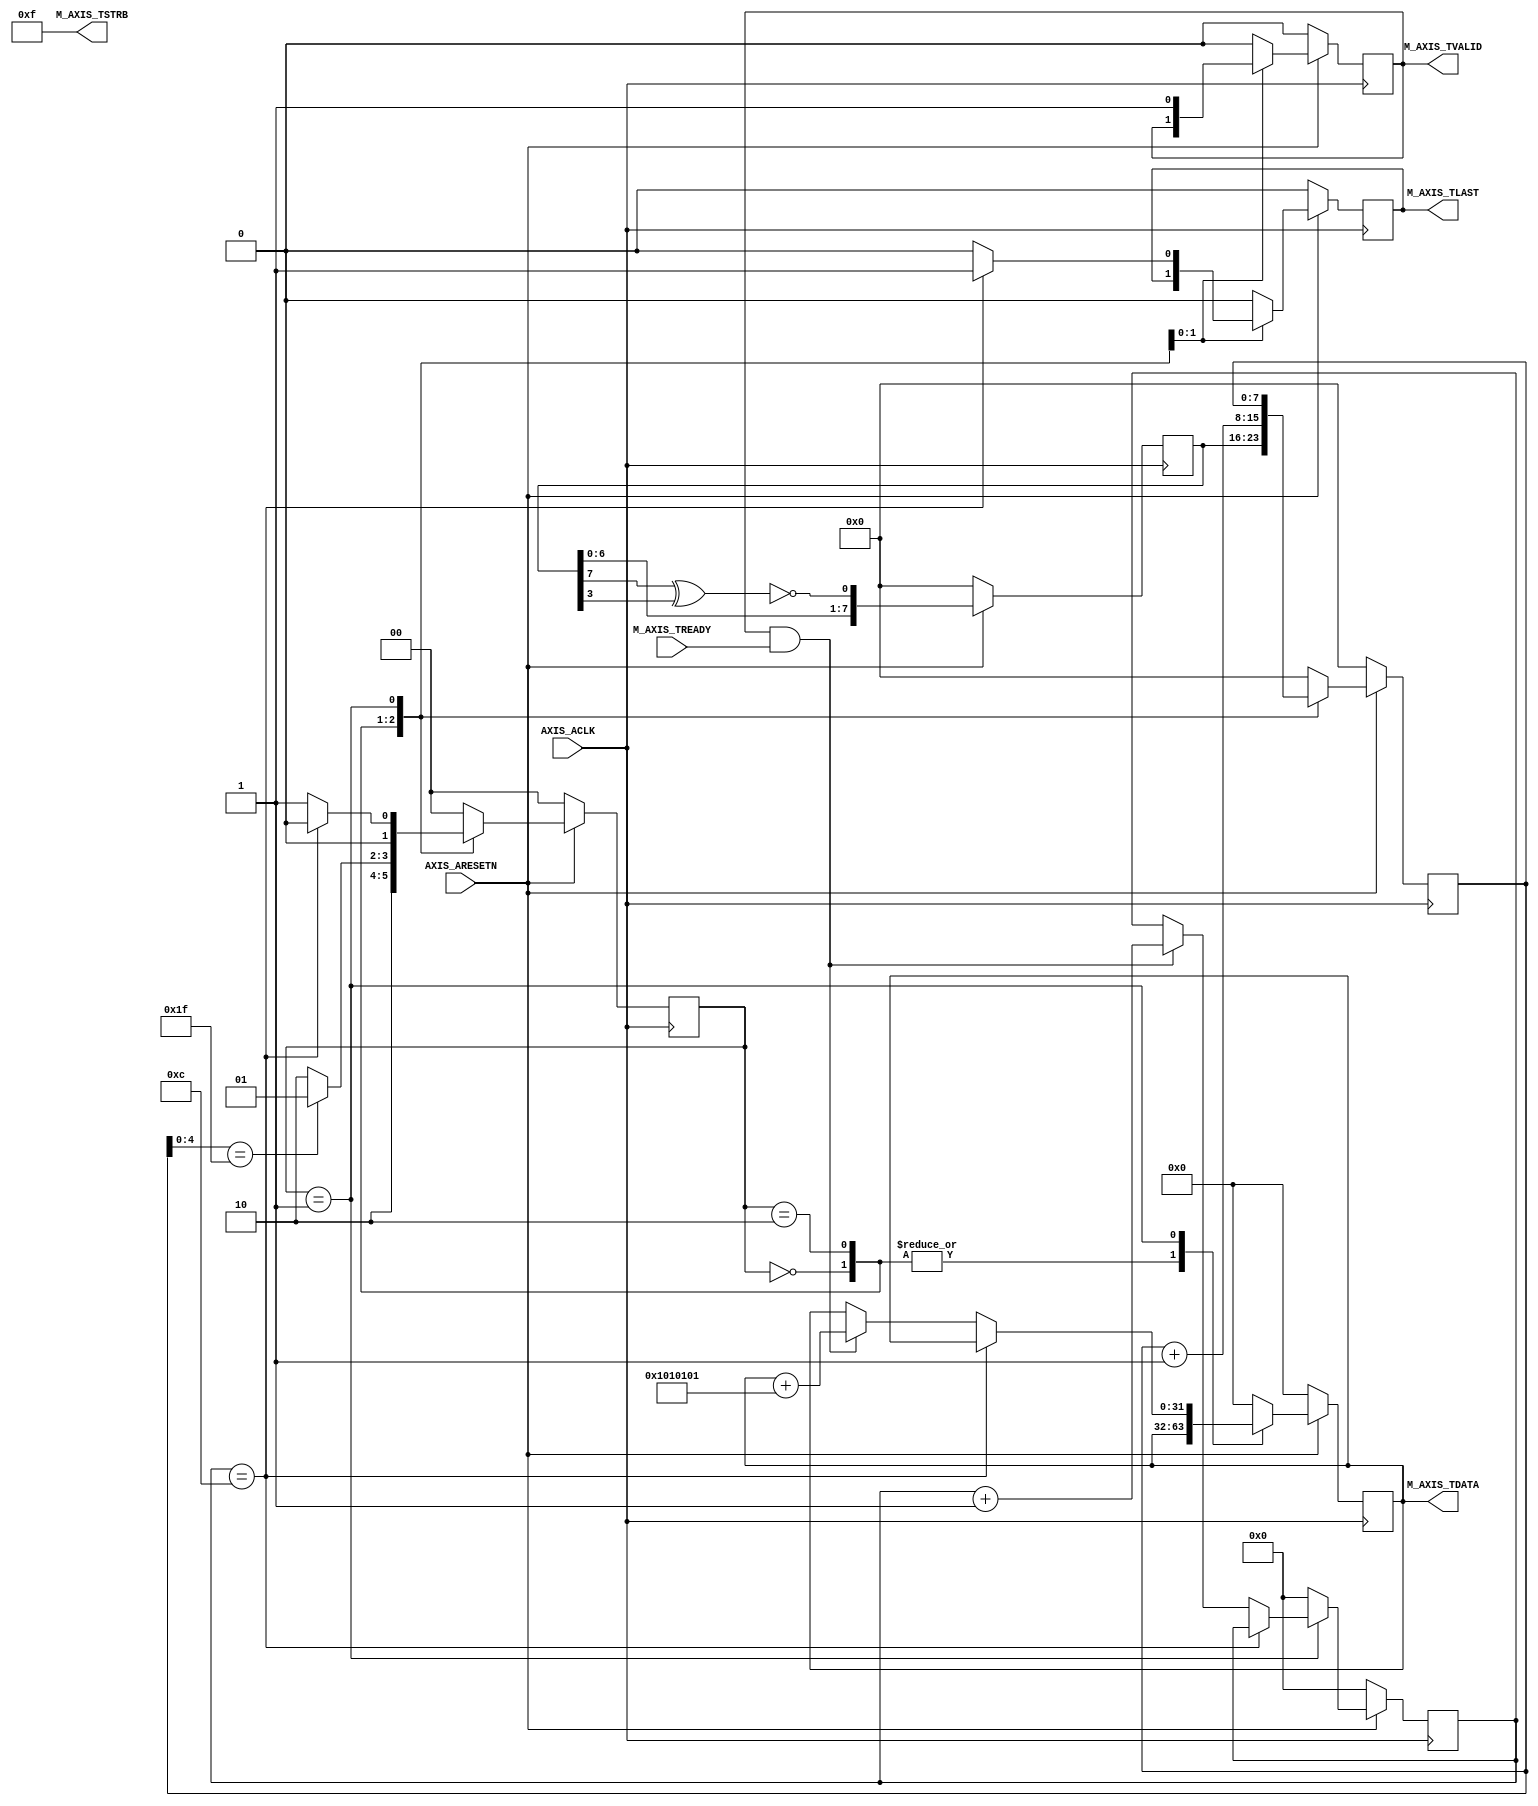
////////////////////////////////////////////////////////////////////////////
//-- (c) Copyright 2012 - 2013 Xilinx, Inc. All rights reserved.
//--
//-- This file contains confidential and proprietary information
//-- of Xilinx, Inc. and is protected under U.S. and
//-- international copyright and other intellectual property
//-- laws.
//--
//-- DISCLAIMER
//-- This disclaimer is not a license and does not grant any
//-- rights to the materials distributed herewith. Except as
//-- otherwise provided in a valid license issued to you by
//-- Xilinx, and to the maximum extent permitted by applicable
//-- law: (1) THESE MATERIALS ARE MADE AVAILABLE "AS IS" AND
//-- WITH ALL FAULTS, AND XILINX HEREBY DISCLAIMS ALL WARRANTIES
//-- AND CONDITIONS, EXPRESS, IMPLIED, OR STATUTORY, INCLUDING
//-- BUT NOT LIMITED TO WARRANTIES OF MERCHANTABILITY, NON-
//-- INFRINGEMENT, OR FITNESS FOR ANY PARTICULAR PURPOSE; and
//-- (2) Xilinx shall not be liable (whether in contract or tort,
//-- including negligence, or under any other theory of
//-- liability) for any loss or damage of any kind or nature
//-- related to, arising under or in connection with these
//-- materials, including for any direct, or any indirect,
//-- special, incidental, or consequential loss or damage
//-- (including loss of data, profits, goodwill, or any type of
//-- loss or damage suffered as a result of any action brought
//-- by a third party) even if such damage or loss was
//-- reasonably foreseeable or Xilinx had been advised of the
//-- possibility of the same.
//--
//-- CRITICAL APPLICATIONS
//-- Xilinx products are not designed or intended to be fail-
//-- safe, or for use in any application requiring fail-safe
//-- performance, such as life-support or safety devices or
//-- systems, Class III medical devices, nuclear facilities,
//-- applications related to the deployment of airbags, or any
//-- other applications that could lead to death, personal
//-- injury, or severe property or environmental damage
//-- (individually and collectively, "Critical
//-- Applications"). Customer assumes the sole risk and
//-- liability of any use of Xilinx products in Critical
//-- Applications, subject only to applicable laws and
//-- regulations governing limitations on product liability.
//--
//-- THIS COPYRIGHT NOTICE AND DISCLAIMER MUST BE RETAINED AS
//-- PART OF THIS FILE AT ALL TIMES.
////////////////////////////////////////////////////////////////////////////
//
// AXI4-Stream interface example
//
// The purpose of this design is to provide a simple AXI4-Stream interface.
//
// The AXI4-Stream protocol is used as a standard interface to connect components that wish to
// exchange data. The interface can be used to connect a single master, that generates data, to a
// single slave, that receives data.
//
////////////////////////////////////////////////////////////////////////////////
`timescale 1ps/1ps

module axi_stream_master #(
  // Width of S_AXIS address bus. The slave accepts the read and write addresses
  // of width C_M_AXIS_TDATA_NUM_BYTES.
  parameter integer C_M_AXIS_TDATA_NUM_BYTES = 4,
  parameter integer C_PACKET_LENGTH          = 12
) (
  // Global ports
  input wire AXIS_ACLK,
  input wire AXIS_ARESETN,
  // Master Stream Ports
  // TVALID indicates that the master is driving a valid transfer.
  // A transfer takes place when both TVALID and TREADY are asserted.
  output wire M_AXIS_TVALID,
  // TDATA is the primary payload that is used to provide the data
  // that is passing across the interface from the master
  output wire [(C_M_AXIS_TDATA_NUM_BYTES*8)-1:0] M_AXIS_TDATA,
  // TSTRB is the byte qualifier that indicates whether the content
  // of the associated byte of TDATA is processed as a data byte or
  // a position byte.
  output wire [C_M_AXIS_TDATA_NUM_BYTES-1:0] M_AXIS_TSTRB,
  // TLAST indicates the boundary of a packet.
  output wire M_AXIS_TLAST,
  // TREADY indicates that the slave can accept a transfer
  // in thecurrent cycle.
  input wire M_AXIS_TREADY
);

// function called clogb2 that returns an integer which has the
// value of the ceiling of the log base 2.
function integer clogb2 (input integer bit_depth);
  begin
    for(clogb2=0; bit_depth>0; clogb2=clogb2+1)
      bit_depth = bit_depth >> 1;
  end
endfunction

localparam C_PACKET_COUNTER_WIDTH  = clogb2(C_PACKET_LENGTH);

reg [C_PACKET_COUNTER_WIDTH-1:0]  packet_counter;

localparam [1:0]  IDLE      = 2'b00,
                  SEND      = 2'b01,
                  BACKOFF   = 2'b10;


reg [7:0] lsfr_backoff;
wire      lsfr_feedback;
assign lsfr_feedback = !(lsfr_backoff[7] ^ lsfr_backoff[3]);
reg [7:0] intra_packet_backoff;
reg [7:0] payload;
reg [1:0] state;
reg [(C_M_AXIS_TDATA_NUM_BYTES*8)-1:0] m_axis_tdata;
reg       m_axis_tvalid;
reg       m_axis_tlast;

always@(posedge AXIS_ACLK) begin
  if(!AXIS_ARESETN) begin
    lsfr_backoff <= 8'h00;
    packet_counter <= {C_PACKET_COUNTER_WIDTH{1'b0}};
    state <= IDLE;
    intra_packet_backoff <= 8'h00;
    m_axis_tvalid <= 1'b0;
    m_axis_tlast <= 1'b0;
    m_axis_tdata <= {C_M_AXIS_TDATA_NUM_BYTES*8{1'b0}};
  end else begin
    lsfr_backoff <= {lsfr_backoff[6:0], lsfr_feedback};
    case (state)
      IDLE: begin
        packet_counter <= {C_PACKET_COUNTER_WIDTH{1'b0}};
        intra_packet_backoff <= lsfr_backoff;
        state <= BACKOFF;
        m_axis_tvalid <= 1'b0;
        m_axis_tlast <= 1'b0;
      end
      BACKOFF : begin
        packet_counter <= {C_PACKET_COUNTER_WIDTH{1'b0}};
        intra_packet_backoff <= intra_packet_backoff + 1;
        if (intra_packet_backoff[4:0] == 5'h1f) begin
          state <= SEND;
        end else begin
          state <= BACKOFF;
        end
      end
      SEND: begin
        m_axis_tvalid <= 1'b1;
        m_axis_tlast <= 1'b0;
        state <= SEND;
        if (packet_counter == C_PACKET_LENGTH) begin
          m_axis_tlast <= 1'b1;
          state <= IDLE;
        end else if (M_AXIS_TVALID && M_AXIS_TREADY) begin
          packet_counter <= packet_counter + 1;
          m_axis_tdata <= m_axis_tdata + {C_M_AXIS_TDATA_NUM_BYTES{8'h01}};
        end
      end
      default : begin
        packet_counter <= {C_PACKET_COUNTER_WIDTH{1'b0}};
        state <= IDLE;
        intra_packet_backoff <= 8'h00;
        m_axis_tvalid <= 1'b0;
        m_axis_tlast <= 1'b0;
        m_axis_tdata <= {C_M_AXIS_TDATA_NUM_BYTES*8{1'b0}};
      end
    endcase
  end
end

assign M_AXIS_TSTRB = {C_M_AXIS_TDATA_NUM_BYTES{1'b1}};
assign M_AXIS_TVALID = m_axis_tvalid;
assign M_AXIS_TLAST = m_axis_tlast;
assign M_AXIS_TDATA = m_axis_tdata;

endmodule